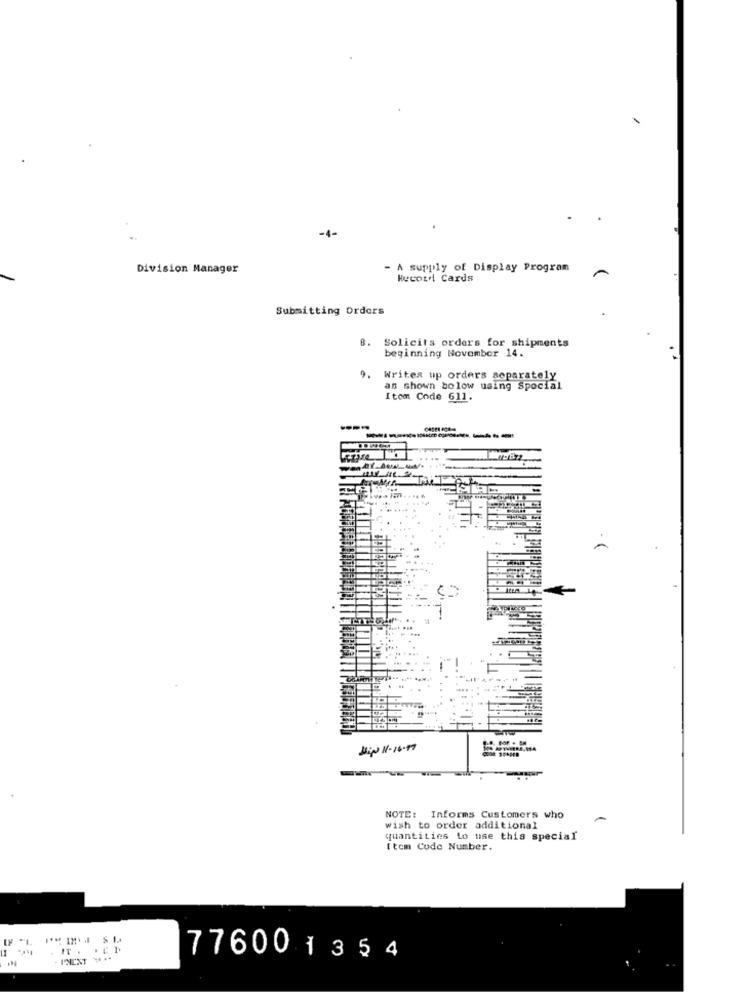
-4-
Division Manager
A supply of Display Program
Record Cards
Submitting Orders
8.
Solicits orders for shipments
beginning November 14.
9.
Writes up orders separately
as shown bolow using Special
Itom Code 611.
--.
Hip N- 16:17
NOTE: Informs Customers who
wish to order additional
quantities to use this special
Item Code Number.
WPIS
. IT . . ED
- INENT **
77600 1354